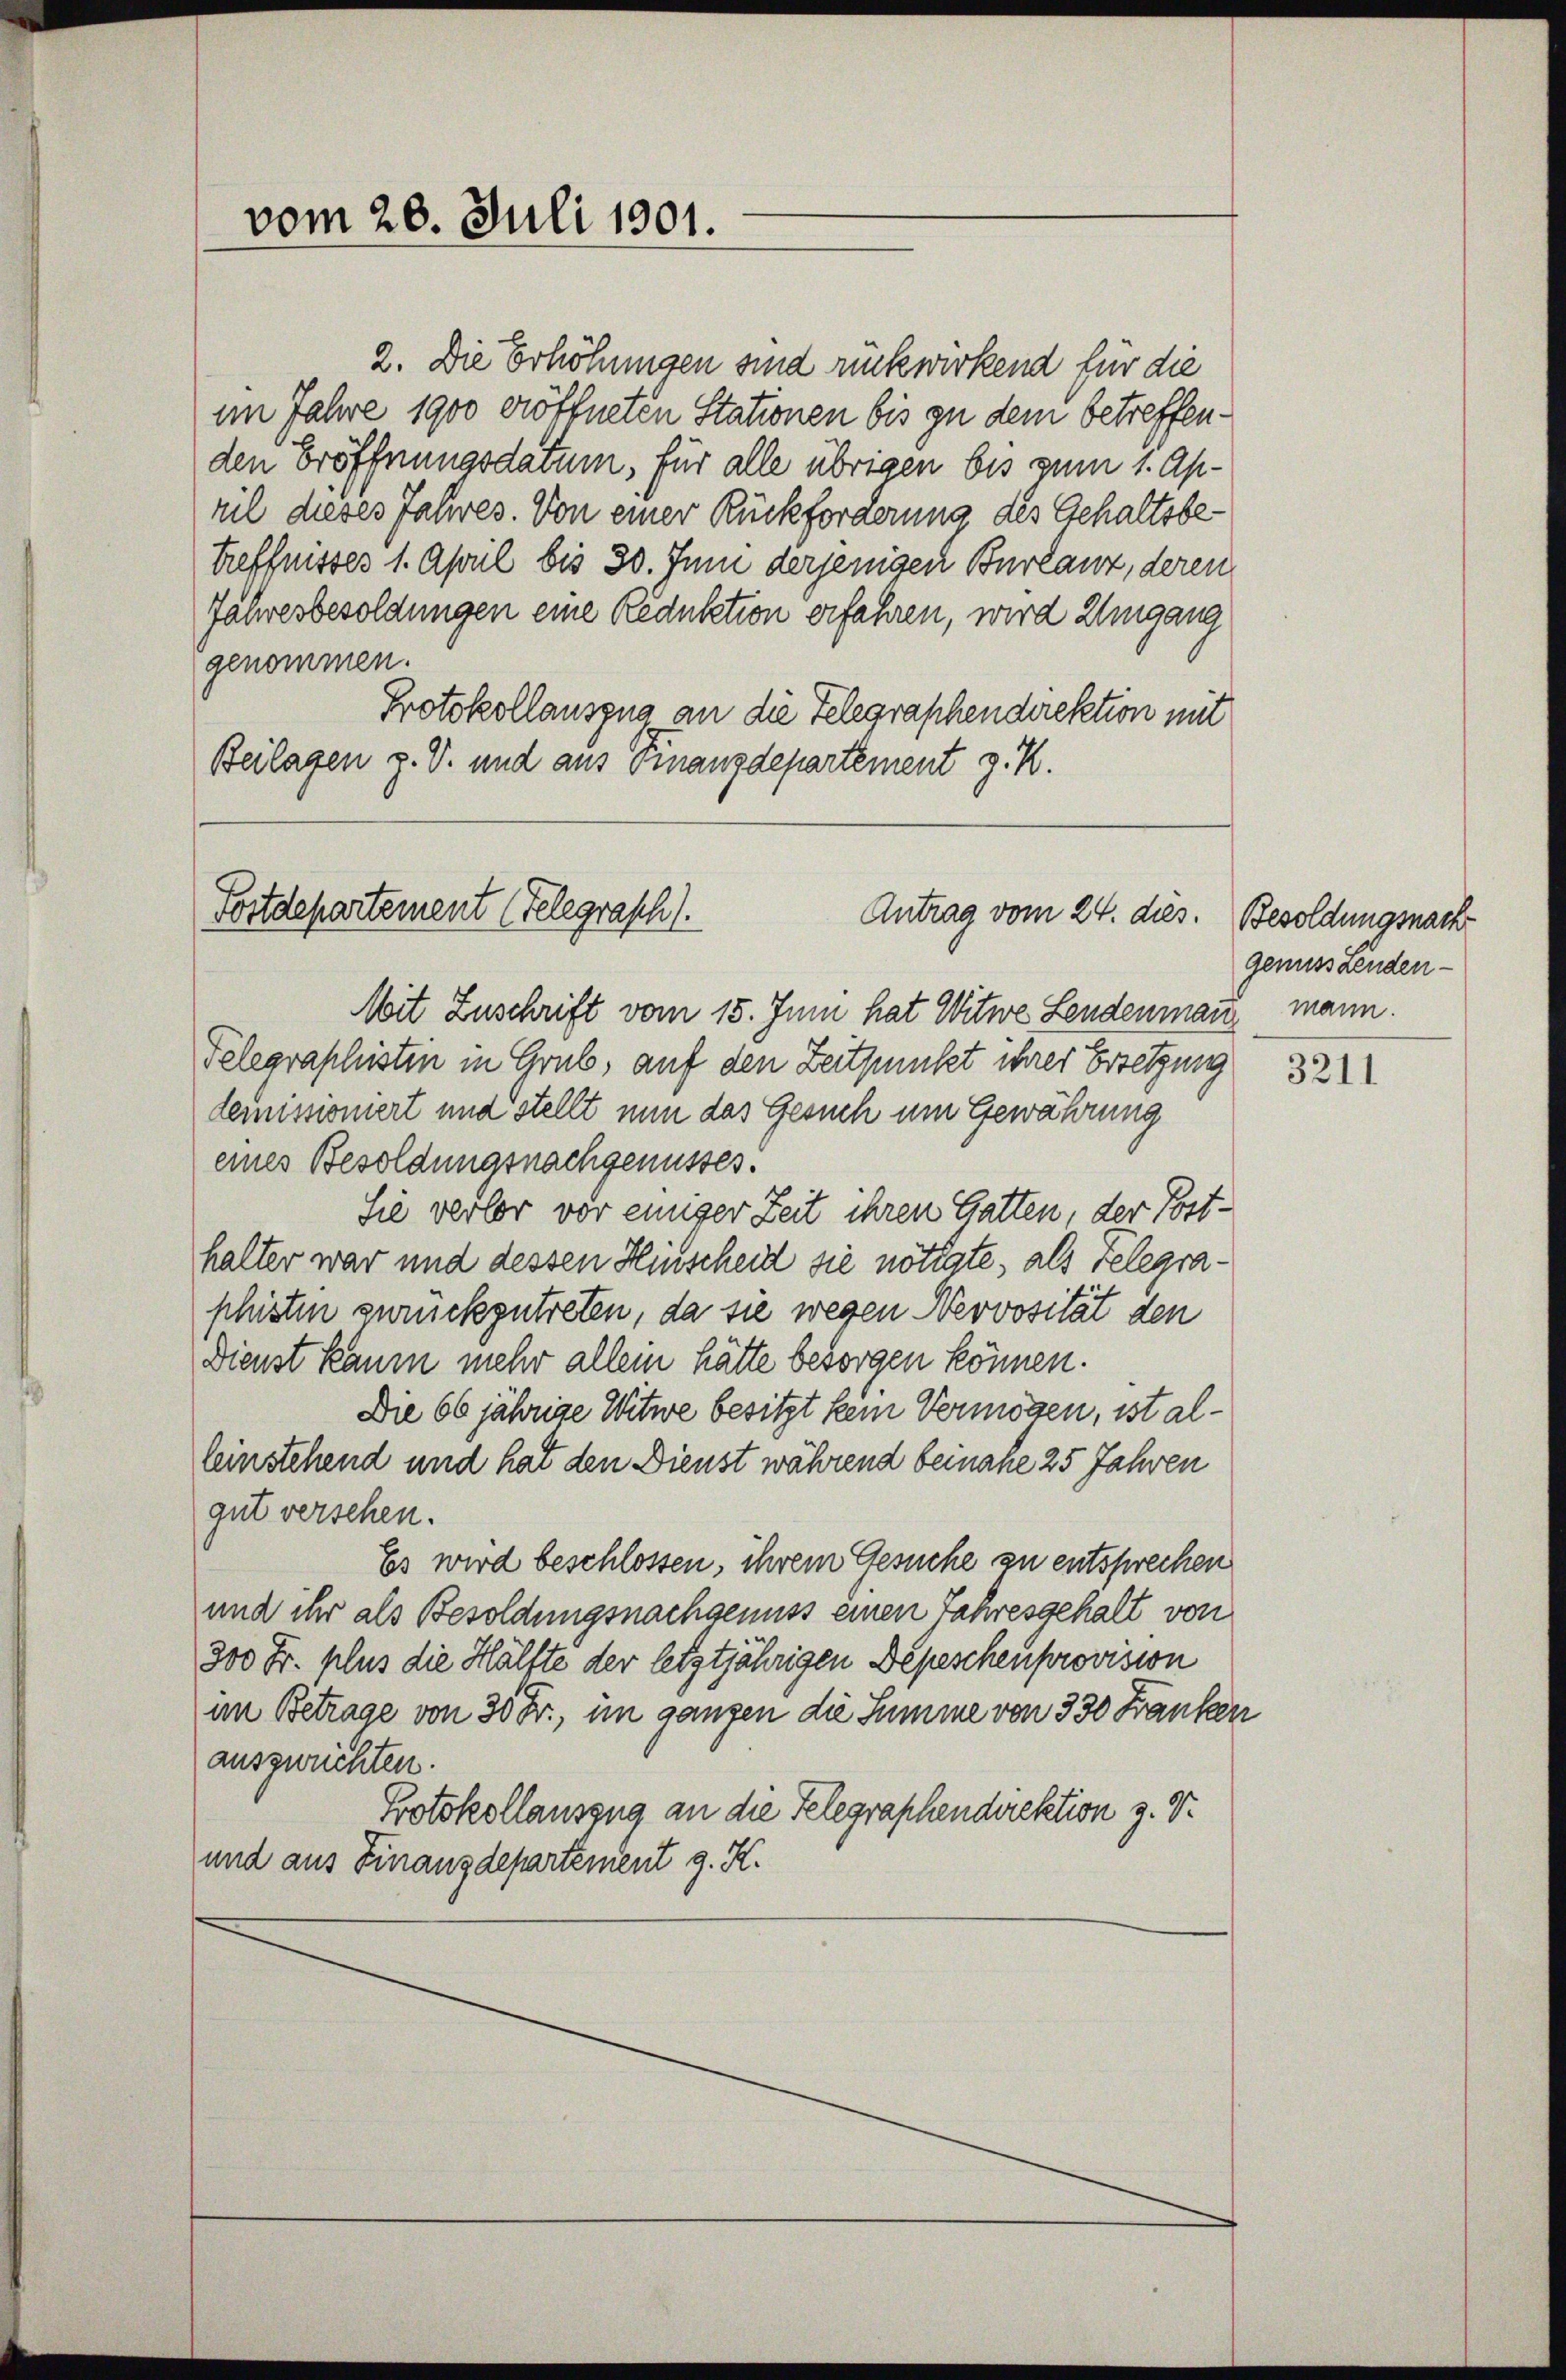
2. Die Erhöhungen sind rückwirkend für die
im Jahre 1900 eröffneten Stationen bis zu dem betreffenden Eröffnungsdatum, für alle übrigen bis zum 1. April dieses Jahres. Von einer Rückforderung des Gehaltsbetreffnisses 1. April bis 30. Juni derjenigen Burlanz, deren
Jahresbesoldungen eine Reduktion erfahren, wird Umgang
genommen.
Protokollauszug an die Telegraphendirektion mit
Beilagen z. V. und aus Finanzdepartement z. R.

vom 28. Juli 1901.

Fortdepartement (Telegraph).
Antrag vom 24. dies

Mit Zuschrift vom 15. Juni hat Witwe Leudenmann mann.
Telegraphistin in Grub, auf den Zeitpunkt ihrer Ersetzung
demissioniert und stellt nun das Gesuch um Gewährung
eines Besoldungsnachgenusses.
Sie verlor vor einiger Zeit ihren Gatten, der Posthalter war und dessen Hinscheid sie nötigte, als Telegraphisten zurückzutreten, da sie wegen Nervosität den
Dienst kaum mehr allem hätte besorgen können.
Die 66 jährige Witwe besitzt kein Vermögen, ist alleinstehend und hat den Dienst während beinahe 25 Jahren
gut versehen.
Es wird beschlossen, ihrem Gesuche zu entsprechen
und ihr als Besoldungsnachgenuss einen Jahresgehalt von
300 Fr. plus die Hälfte der letztjährigen Depeschenprovision
an Betrage von 30 Fr., im ganzen die Summe von 330 Franken
auszurichten
Protokollauszug an die Telegraphendirektion z. V.
und aus Finanzdepartement g. K.

Besoldungsnach
genuss Lenden-

3211